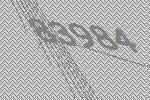
83984